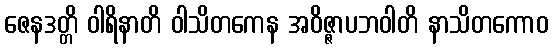
ဇေနဒတ္တိ ဝါရိနာတိ ဝါသိတကေန အဝိဇ္ဇာပဘဝါတိ နာသိတကောဝ